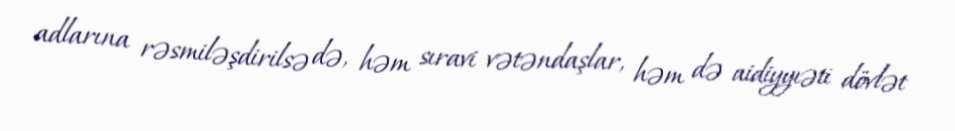
adlarına rəsmiləşdirilsə də, həm sıravi vətəndaşlar, həm də aidiyyıəti dövlət